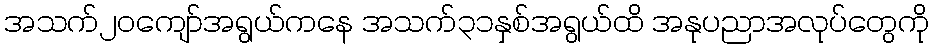
အသက်၂၀ကျော်အရွယ်ကနေ အသက်၃၁နှစ်အရွယ်ထိ အနုပညာအလုပ်တွေကို